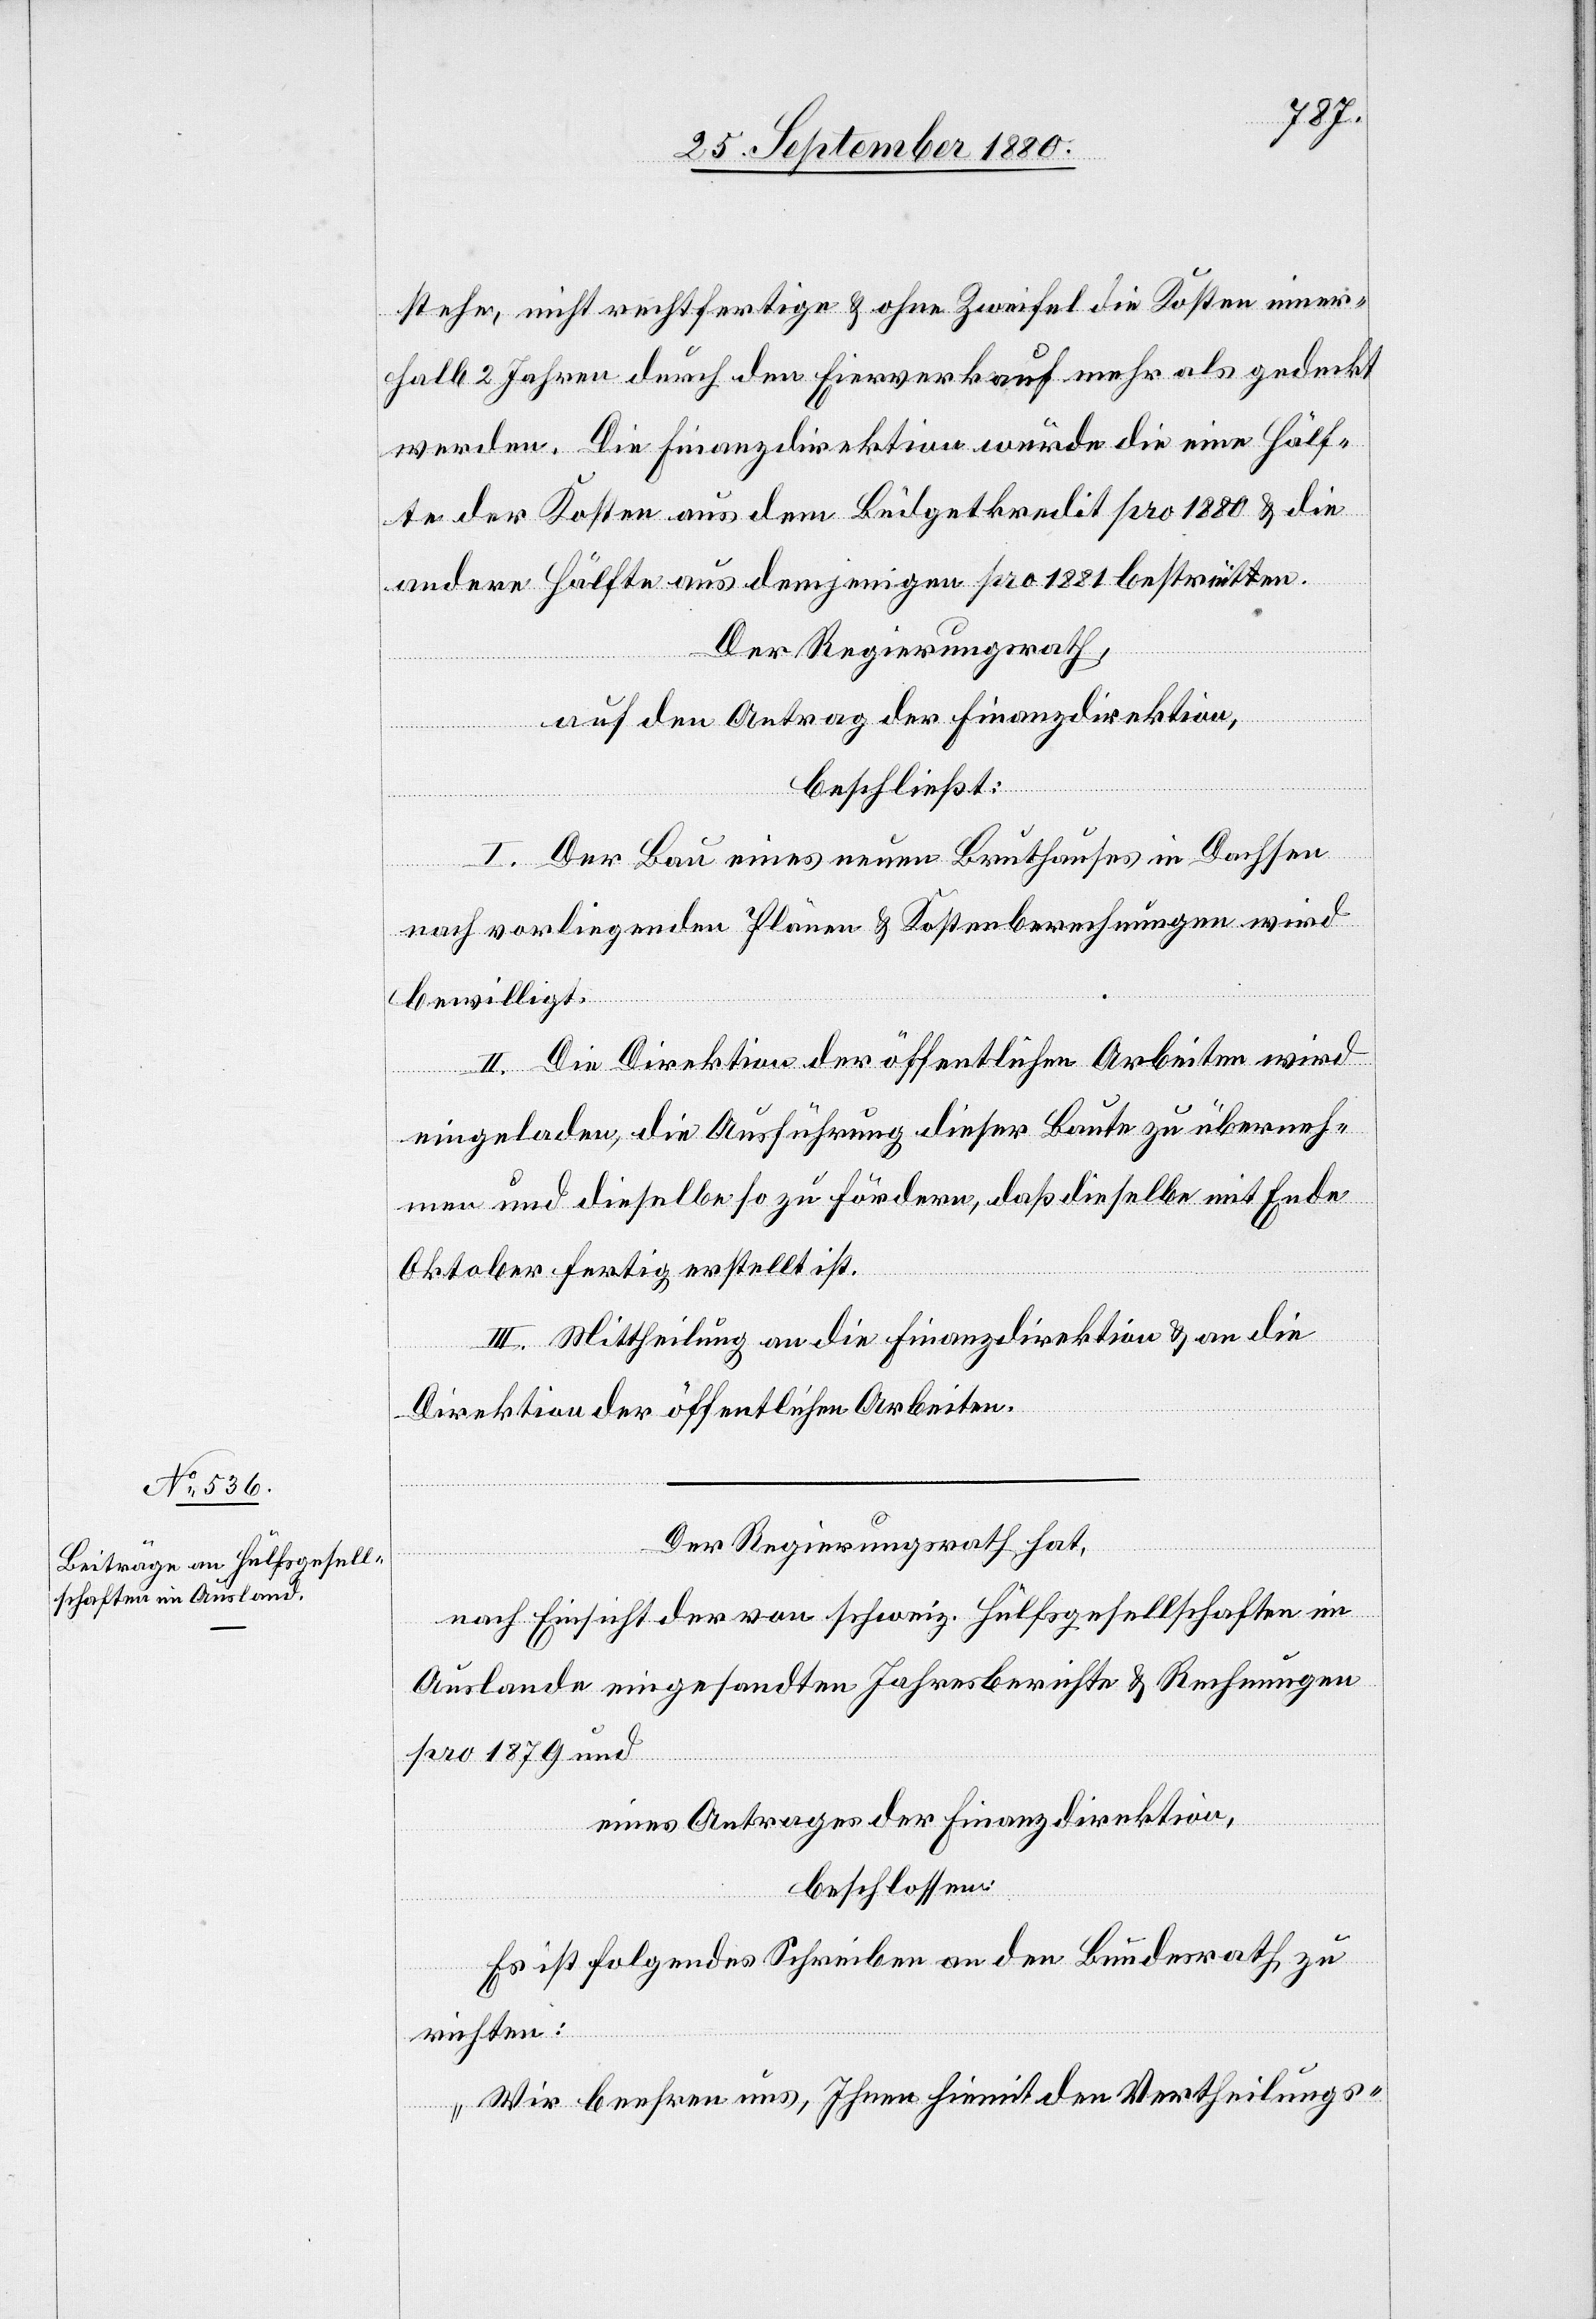
stehe, nicht rechtfertige & ohne Zweifel die Kosten inner¬
halb 2 Jahren durch den Einverkauf mehr als gedeckt
werden. Die Finanzdirektion würde die eine Hälf¬
te der Kosten aus dem Budgetkredit pro 1880 & die
andere Hälfte aus demjenigen pro 1881 bestreiten.
Der Regierungsrath,
auf den Antrag der Finanzdirektion,
beschließt:
I. Der Bau eines neuen Bruthauses in Dachsen
nach vorliegenden Plänen & Kostenberechnungen wird
bewilligt.
II. Die Direktion der öffentlichen Arbeiten wird
eingeladen, die Ausführung dieser Baute zu überneh¬
men und dieselbe so zu fördern, daß dieselbe mit Ende
Oktober fertig erstellt ist.
III. Mittheilung an die Finanzdirektion & an die
Direktion der öffentlichen Arbeiten.
Der Regierungsrath hat,
nach Einsicht der von schweiz. Hülfsgesellschaften im
Auslande eingesandten Jahresberichte & Rechnungen
pro 1879 und
eines Antrages der Finanzdirektion,
beschlossen:
Es ist folgendes Schreiben an den Bundesrath zu
richten:
„Wir beehren uns, Ihnen hiemit den Vertheilungs-